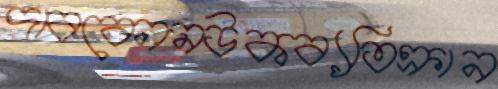
দাববেনমউকব্যতিক্রান